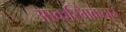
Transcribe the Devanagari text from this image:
आकस्मिकता।